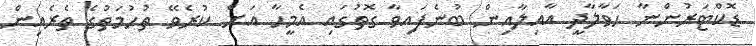
ޑޮކްޓަރުންނާ ހަވާލާދީ އާއިލާއިން ބުނެފައިވާ ގޮތުގައި އެމީހާ އަށް ކުރެވޭ ތުހުމަތުގެ ތެރެއިން